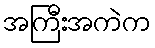
အကြီးအကဲက